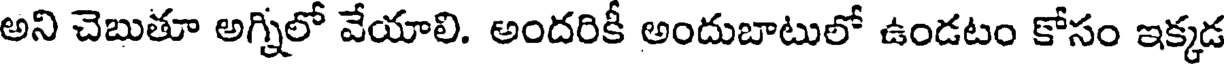
అని చెబుతూ అగ్నిలో వేయాలి. అందరికీ అందుబాటులో ఉండటం కోసం ఇక్కడ